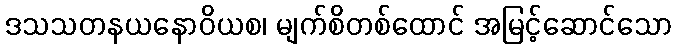
ဒသသတနယနောဝိယစ၊ မျက်စိတစ်ထောင် အမြင့်ဆောင်သော